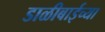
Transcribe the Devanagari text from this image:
डाळीबाईच्या